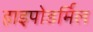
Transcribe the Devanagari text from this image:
हाइपोडर्मिल